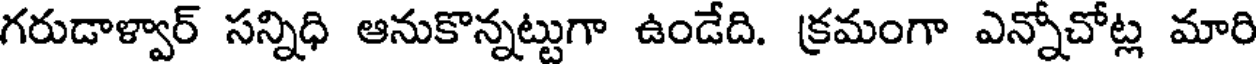
గరుడాళ్వార్ సన్నిధి ఆనుకొన్నట్టుగా ఉండేది. క్రమంగా ఎన్నోచోట్ల మారి